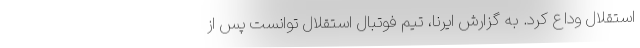
استقلال وداع کرد. به گزارش ایرنا، تیم فوتبال استقلال توانست پس از